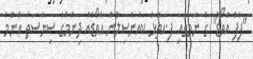
"ފާފު އެވޯޑު" ގެ ނަމުގައި ފ.އަތޮޅު ކައުންސިލުން އެވޯޑެއް ދިނުމުގެ ސިޔާސަތު ޢާންމު